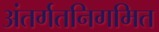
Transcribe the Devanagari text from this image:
अंतर्गतनिगमित